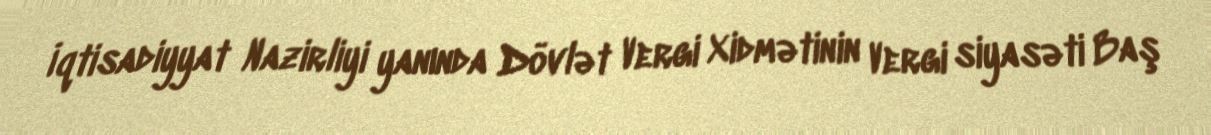
İqtisadiyyat Nazirliyi yanında Dövlət Vergi Xidmətinin Vergi siyasəti Baş